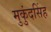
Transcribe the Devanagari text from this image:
मुकुंदसिंह